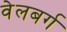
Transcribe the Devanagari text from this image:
वेलबर्ग